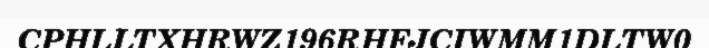
CPHLLTXHRWZ196RHFJCIWMM1DLTW0